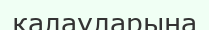
қалауларына